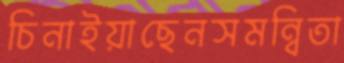
চিনাইয়াছেনসমন্বিতা